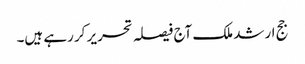
جج ارشد ملک آج فیصلہ تحریر کر رہے ہیں۔